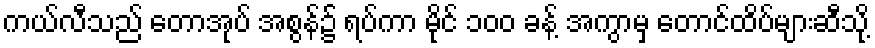
ကယ်လီသည် တောအုပ် အစွန်၌ ရပ်ကာ မိုင် ၁၀၀ ခန့် အကွာမှ တောင်ထိပ်များဆီသို့